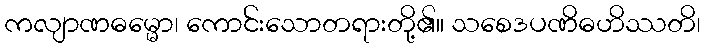
ကလျာဏဓမ္မော၊ ကောင်းသောတရားတို့၏။ သစေဒပဏိဓဟိဿတိ၊